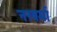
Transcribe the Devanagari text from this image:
नरवर्मा